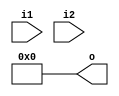
module deco(i1,i2,o);
input wire i1,i2;
output [3:0]o;
assign o = 4'b0000;
assign o[0] = (~i1&~i2)&~((~i1&i2)&(i1&~i2)&(i1&i2));
assign o[1] = ~i1&i2;
assign o[2] = i1&~i2;
assign o[3] = i1&i2;
endmodule